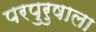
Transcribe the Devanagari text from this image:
परपुरुषाला